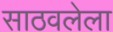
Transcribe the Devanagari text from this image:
साठवलेला